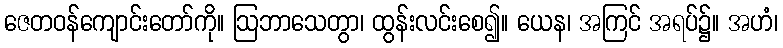
ဇေတဝန်ကျောင်းတော်ကို။ ဩဘာသေတွာ၊ ထွန်းလင်းစေ၍။ ယေန၊ အကြင် အရပ်၌။ အဟံ၊